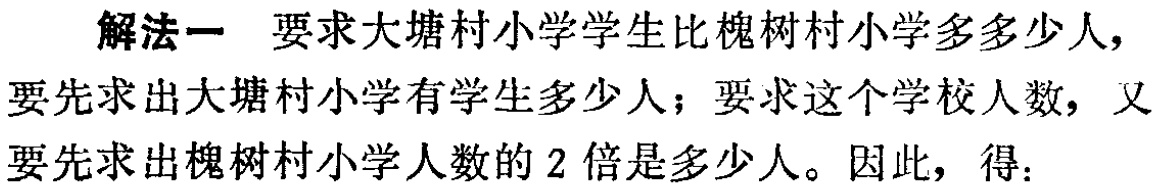
解法一 要求大塘村小学学生比槐树村小学多多少人，要先求出大塘村小学有学生多少人；要求这个学校人数，又要先求出槐树村小学人数的 2 倍是多少人。因此，得：